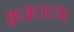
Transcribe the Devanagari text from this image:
फजलच्या